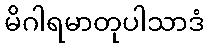
မိဂါရမာတုပါသာဒံ